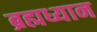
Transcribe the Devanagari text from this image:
ब्रह्मध्यान